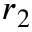
r _ { 2 }